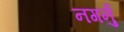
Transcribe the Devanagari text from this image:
नगर्नु